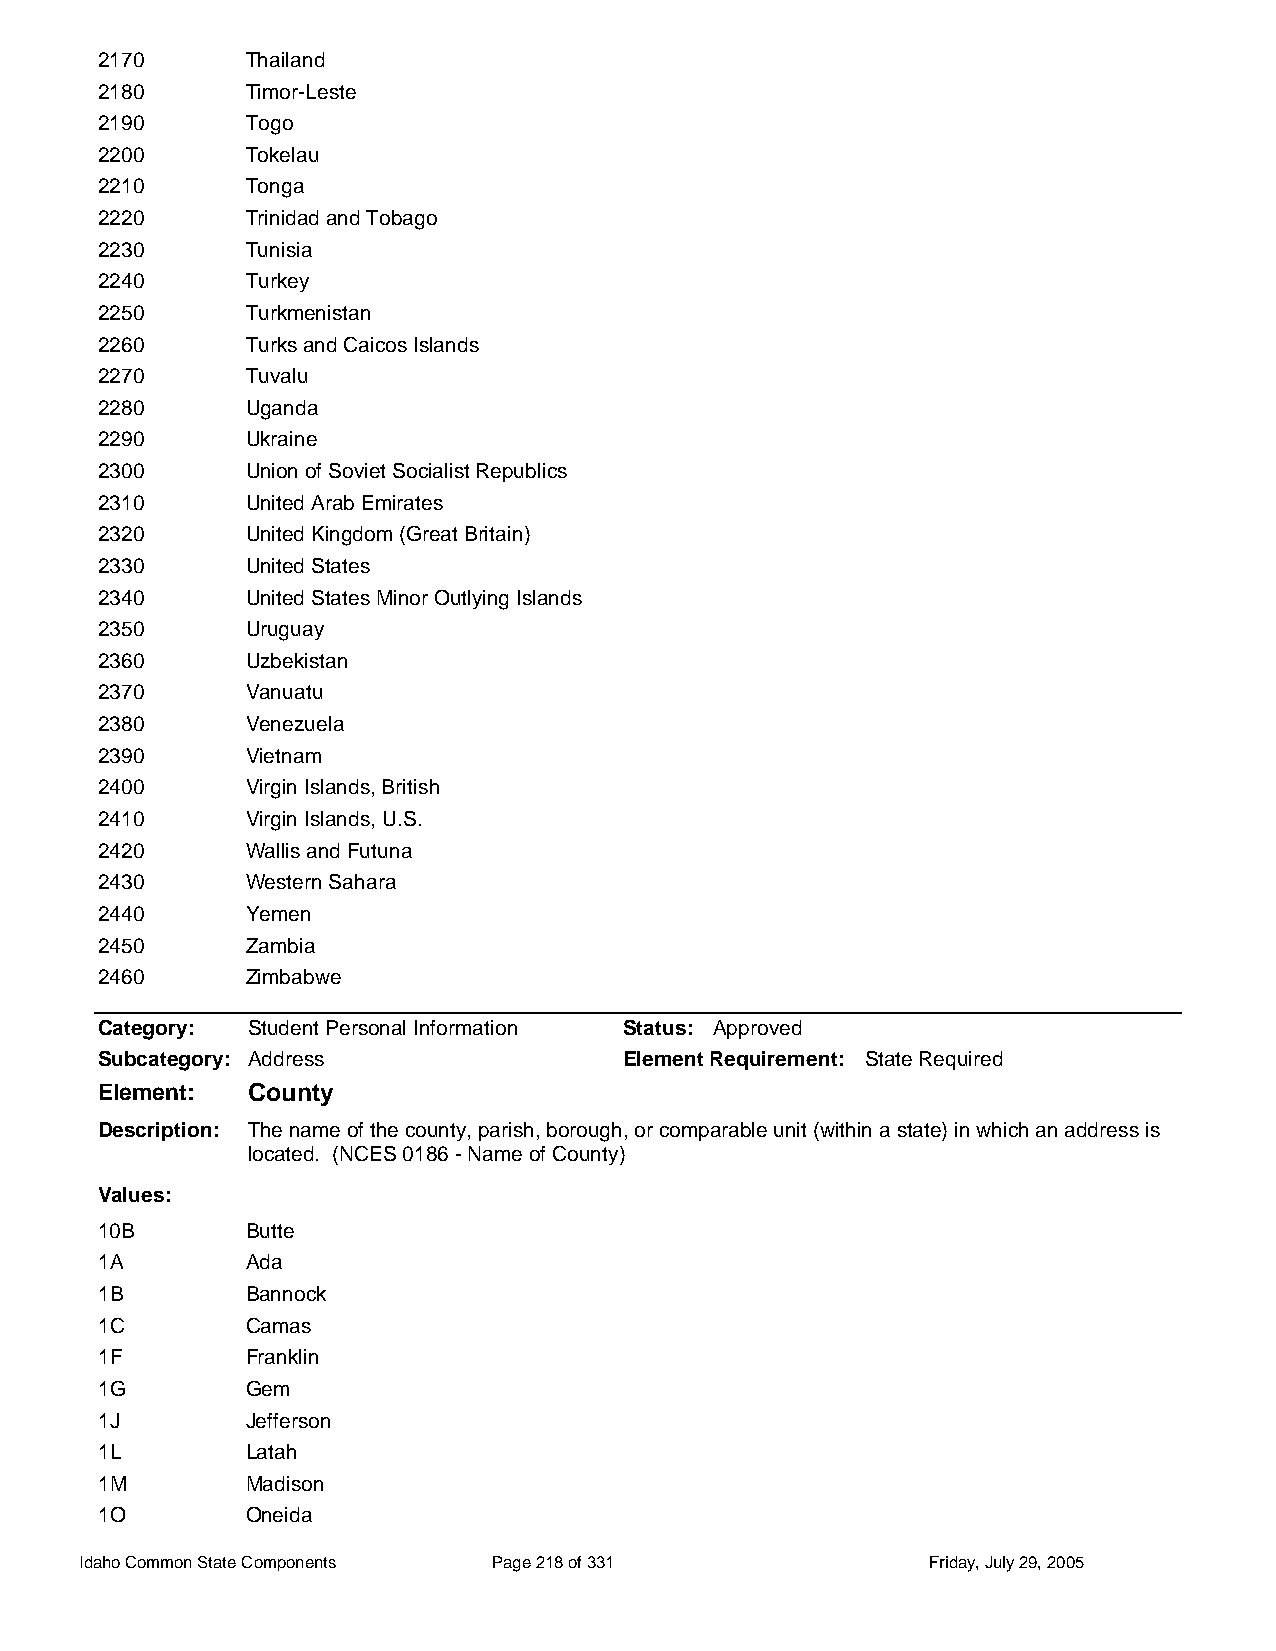
2170      Thailand
 2180      Timor-Leste
 2190      Togo
 2200      Tokelau
 2210      Tonga
 2220      Trinidad and Tobago
 2230      Tunisia
 2240      Turkey
 2250      Turkmenistan
 2260      Turks and Caicos Islands
 2270      Tuvalu
 2280      Uganda
 2290      Ukraine
 2300      Union of Soviet Socialist Republics
 2310      United Arab Emirates
 2320      United Kingdom (Great Britain)
 2330      United States
 2340      United States Minor Outlying Islands
 2350      Uruguay
 2360      Uzbekistan
 2370      Vanuatu
 2380      Venezuela
 2390      Vietnam
 2400      Virgin Islands, British
 2410      Virgin Islands, U.S.
 2420      Wallis and Futuna
 2430      Western Sahara
 2440      Yemen
 2450      Zambia
 2460      Zimbabwe
 Category: Student Personal Information Status: Approved
 Subcategory: Address               Element Requirement: State Required
 Element:  County
 Description: The name of the county, parish, borough, or comparable unit (within a state) in which an address is
 located. (NCES 0186 - Name of County)
 Values:
 10B       Butte
 1A        Ada
 1B        Bannock
 1C        Camas
 1F        Franklin
 1G        Gem
 1J        Jefferson
 1L        Latah
 1M        Madison
 1O        Oneida
 Idaho Common State Components Page 218 of 331           Friday, July 29, 2005